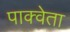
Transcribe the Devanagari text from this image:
पाक्वेता